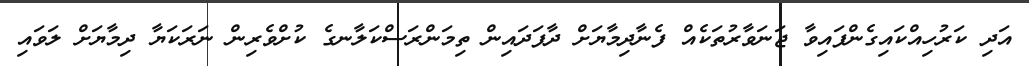
އަދި ކަރުހިއްކައިގެންފައިވާ ޖަނަވާރުތަކެއް ފެނާދިމާޔަށް ދާފަދައިން ތިމަންރަސްކަލާނގެ ކުށްވެރިން ނަރަކަޔާ ދިމާޔަށް ލަވައި